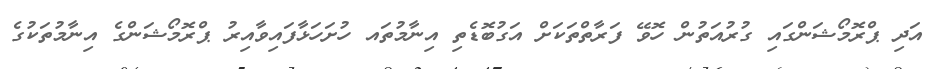
އަދި ޕްރޮމޯޝަންގައި ގުރުއަތުން ހޮވޭ ފަރާތްތަކަށް އަގުބޮޑެތި އިނާމުތައ ހުށަހަޅާފައިވާއިރު ޕްރޮމޯޝަންގެ އިނާމުތަކުގެ